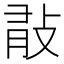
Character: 𢼿